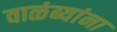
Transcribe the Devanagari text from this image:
वाळंब्यांना